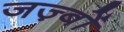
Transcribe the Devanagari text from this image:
जज़्बों